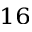
^ { 1 6 }